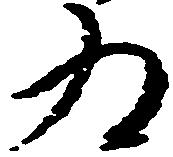
為